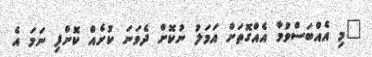
"މި އެއްބަސްވުމާ އެއްގޮތަށް އަމަލު ނުކޮށް ދެވަނަ ކުށެއް ކޮށްފި ނަމަ އެ